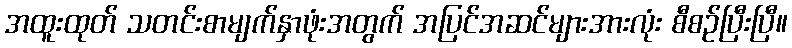
အထူးထုတ် သတင်းစာမျက်နှာဖုံးအတွက် အပြင်အဆင်များအားလုံး စီစဉ်ပြီးပြီ။